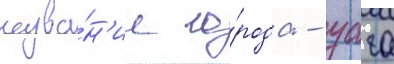
назва́н'ие го́рода - уага